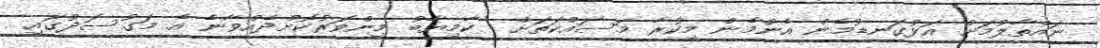
ނައްތާލުމަށް އަޅުގަނޑުމެން އެންމެން މިކުރާ މަސައްކަތަށް  ކާމިޔާބު މިންވަރުކޮށްދެއްވާނެ އެ މަގުސަދުގައި